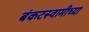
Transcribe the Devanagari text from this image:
बंकटस्वामीच्या